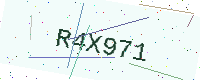
Text: R4X971